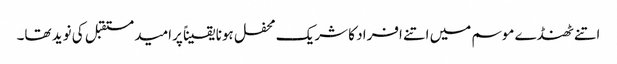
اتنے ٹھنڈے موسم میں اتنے افراد کا شریک محفل ہونا یقیناً پرامید مستقبل کی نوید تھا۔